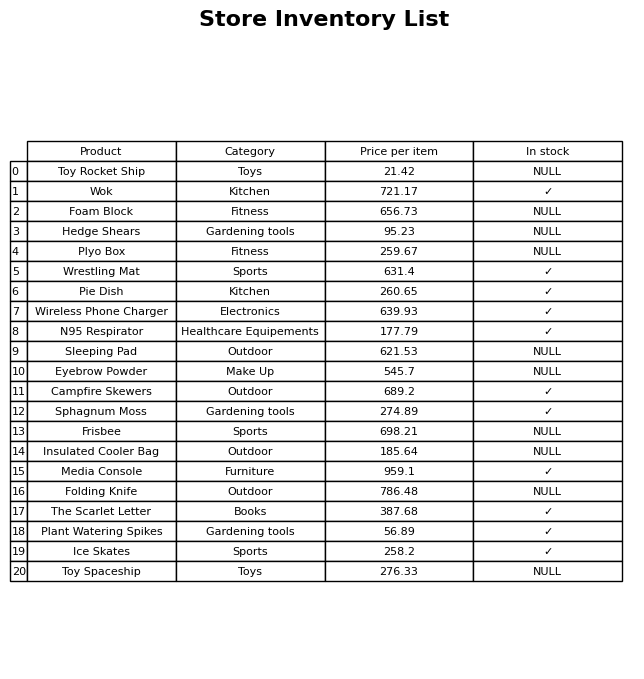
question: What category does the The Scarlet Letter belong to?
answer: Books